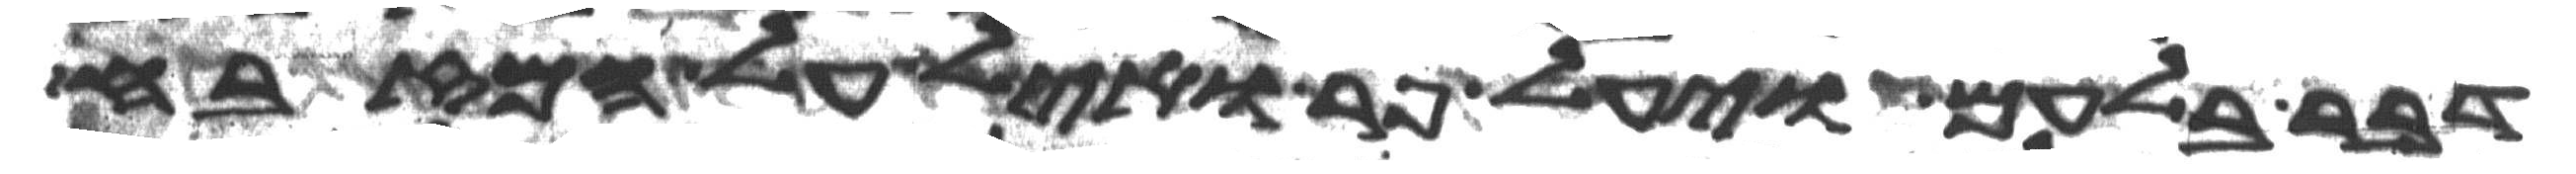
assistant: דבר בלעם ויעל פר ואיל על המזבח